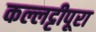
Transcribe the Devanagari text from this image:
कल्लट्टीपूरा